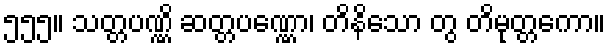
၅၅၅။ သတ္တပဏ္ဏိ ဆတ္တပဏ္ဏော၊ တိနိသော တွ တိမုတ္တကော။